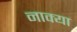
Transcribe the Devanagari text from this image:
नाक्या